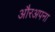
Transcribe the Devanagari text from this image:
औरअपना